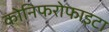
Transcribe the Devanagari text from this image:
कोनिफरोफाइटा